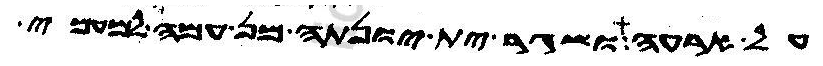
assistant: על ארעה ושגר ית יונתה מן עמה למעמי